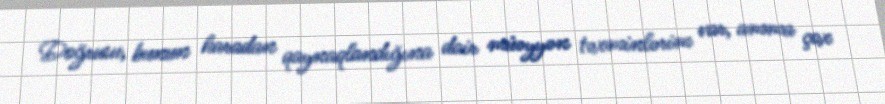
Doğrusu, bunun haradan qaynaqlandığına dair müəyyən təxminlərim var, amma çox